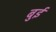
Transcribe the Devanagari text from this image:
बुई